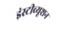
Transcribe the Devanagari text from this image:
इंस्‍टीच्‍यूशन